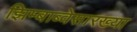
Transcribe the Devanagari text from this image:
झिम्बाब्वेसारख्या